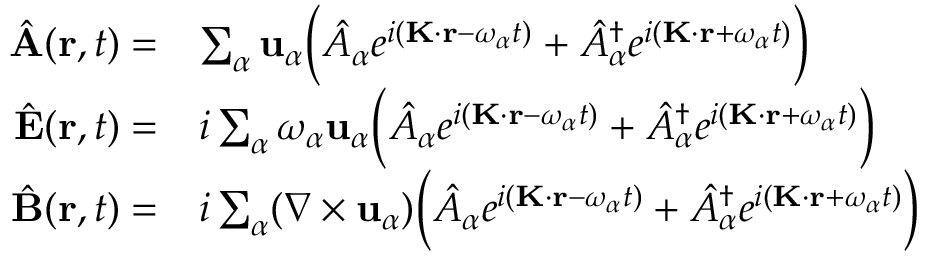
\begin{array} { r l } { \hat { \mathbf { A } } ( \mathbf { r } , t ) = } & { \sum _ { \alpha } \mathbf { u } _ { \alpha } \Big ( \hat { A } _ { \alpha } e ^ { i ( \mathbf { K } \cdot \mathbf { r } - \omega _ { \alpha } t ) } + \hat { A } _ { \alpha } ^ { \dag } e ^ { i ( \mathbf { K } \cdot \mathbf { r } + \omega _ { \alpha } t ) } \Big ) } \\ { \hat { \mathbf { E } } ( \mathbf { r } , t ) = } & { i \sum _ { \alpha } \omega _ { \alpha } \mathbf { u } _ { \alpha } \Big ( \hat { A } _ { \alpha } e ^ { i ( \mathbf { K } \cdot \mathbf { r } - \omega _ { \alpha } t ) } + \hat { A } _ { \alpha } ^ { \dag } e ^ { i ( \mathbf { K } \cdot \mathbf { r } + \omega _ { \alpha } t ) } \Big ) } \\ { \hat { \mathbf { B } } ( \mathbf { r } , t ) = } & { i \sum _ { \alpha } ( \nabla \times \mathbf { u } _ { \alpha } ) \Big ( \hat { A } _ { \alpha } e ^ { i ( \mathbf { K } \cdot \mathbf { r } - \omega _ { \alpha } t ) } + \hat { A } _ { \alpha } ^ { \dag } e ^ { i ( \mathbf { K } \cdot \mathbf { r } + \omega _ { \alpha } t ) } \Big ) } \end{array}